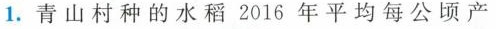
1.青山村种的水稻2016年平均每公顷产